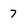
Character: 7